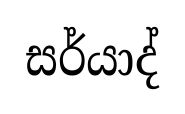
සර්යාද්